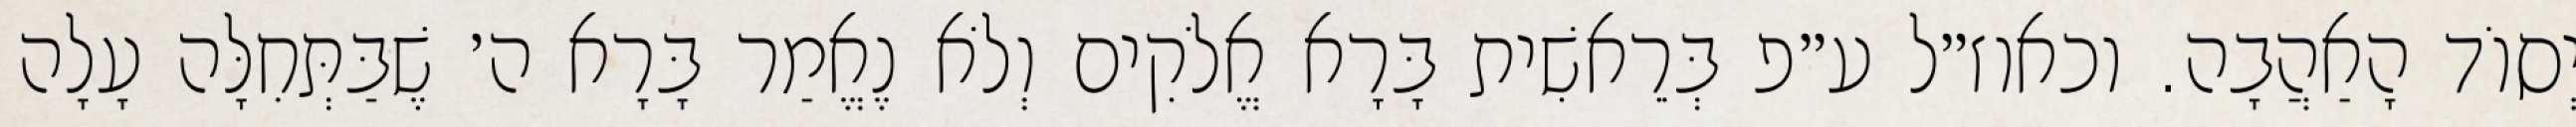
יְסוֹד הָאַהֲבָה. וכאוז״ל ע״פ בְּרֵאשִׁית בָּרָא אֱלֹקִים וְלֹא נֶאֱמַר בָּרָא ה׳ שֶׁבַּתְּחִלָּה עָלָה